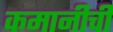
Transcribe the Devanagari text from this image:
कमानीची